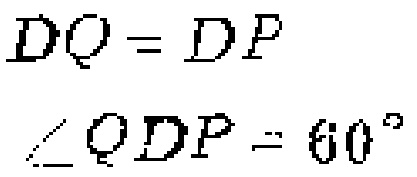
\[
\begin{align*}
DQ&=DP\\
\angle QDP&=60^{\circ}
\end{align*}
\]